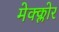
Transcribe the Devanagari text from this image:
मेक्क्लोर